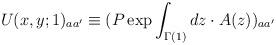
LaTeX: \begin{align*}U(x, y; 1)_{aa'} \equiv (P \exp \int_{\Gamma(1)} dz \cdot A(z))_{aa'}\end{align*}